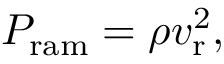
\begin{array} { r } { P _ { \mathrm { r a m } } = \rho v _ { \mathrm { r } } ^ { 2 } , } \end{array}